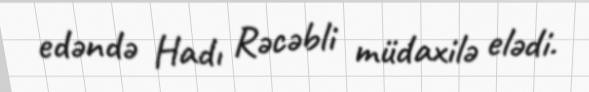
edəndə Hadı Rəcəbli müdaxilə elədi.